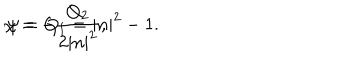
\chi = - \frac { Q _ { 2 } } { 2 | n | ^ { 2 } } , \hspace { 1 . 1 i n } \psi = Q _ { 1 } = | n | ^ { 2 } - 1 .